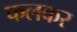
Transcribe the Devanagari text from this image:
फलकर